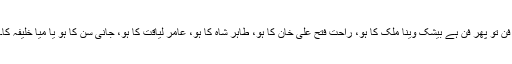
فن تو پھر فن ہے بیشک وینا ملک کا ہو، راحت فتح علی خان کا ہو، طاہر شاہ کا ہو، عامر لیاقت کا ہو، جانی سن کا ہو یا میا خلیفہ کا۔